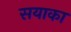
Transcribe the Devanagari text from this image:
सयाका